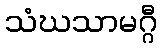
သံဃသာမဂ္ဂီ